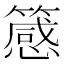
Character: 䉞